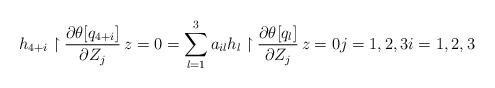
LaTeX: \begin{align*}h_{4+i} \restriction{\frac{\partial \theta [q_{4+i}]}{\partial Z_j}}{\, z=0} = \sum_{l=1}^3a_{il}h_l \restriction{\frac{\partial \theta [q_l]}{\partial Z_j}}{\, z=0} j = 1,2,3 i=1, 2, 3\end{align*}